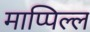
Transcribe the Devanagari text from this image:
माप्पिल्ल